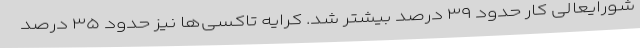
شورایعالی کار حدود ۳۹ درصد بیشتر شد. کرایه تاکسی‌ها نیز حدود ۳۵ درصد